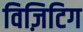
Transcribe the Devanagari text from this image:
विज़िटिग